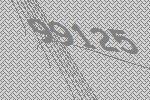
99125